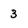
Character: 3